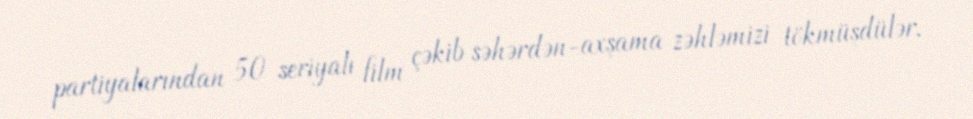
partiyalarından 50 seriyalı film çəkib səhərdən-axşama zəhləmizi tökmüşdülər,